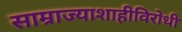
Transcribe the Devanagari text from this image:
साम्राज्याशाहीविरोधी